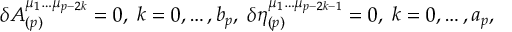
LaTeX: \delta A _ { ( p ) } ^ { \mu _ { 1 } \ldots \mu _ { p - 2 k } } = 0 , \; k = 0 , \ldots , b _ { p } , \; \delta \eta _ { ( p ) } ^ { \mu _ { 1 } \ldots \mu _ { p - 2 k - 1 } } = 0 , \; k = 0 , \ldots , a _ { p } ,